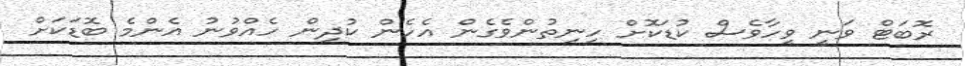
ރޮބަޓް ވަނީ ވީހާވެސް ކުޑަކޮށް ހިނިތުންވެގެން އެހެން ކުދިން ހެއްވުނު އެންމެ ބޮޑަކަށް